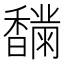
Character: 𩡟